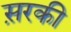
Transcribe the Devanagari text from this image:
स़रकी